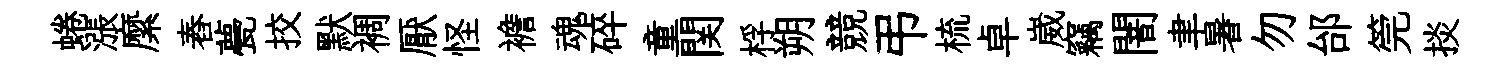
蜷漲縻舂甍挍默裯厭怪襜魂碎童関桴朔競弔梳卓崴竊闇聿暑勿邰筦掞